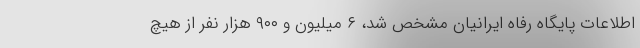
اطلاعات پایگاه رفاه ایرانیان مشخص شد، ۶ میلیون و ۹۰۰ هزار نفر از هیچ